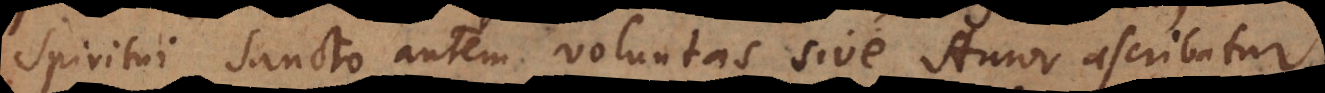
Spiritui Sancto autem voluntas sive Amor ascribatur